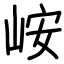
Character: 峖